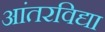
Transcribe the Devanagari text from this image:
आंतरविद्या